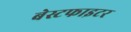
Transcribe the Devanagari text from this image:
बेस्टफाइटर